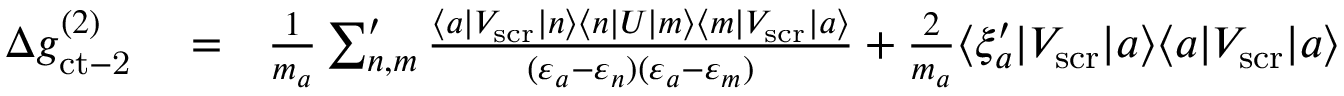
\begin{array} { r l r } { \Delta g _ { \mathrm { c t - 2 } } ^ { ( 2 ) } } & { { } = } & { \frac { 1 } { m _ { a } } \sum _ { n , m } ^ { \prime } \frac { \langle a | V _ { \mathrm { s c r } } | n \rangle \langle n | U | m \rangle \langle m | V _ { \mathrm { s c r } } | a \rangle } { ( \varepsilon _ { a } - \varepsilon _ { n } ) ( \varepsilon _ { a } - \varepsilon _ { m } ) } + \frac { 2 } { m _ { a } } \langle \xi _ { a } ^ { \prime } | V _ { \mathrm { s c r } } | a \rangle \langle a | V _ { \mathrm { s c r } } | a \rangle } \end{array}